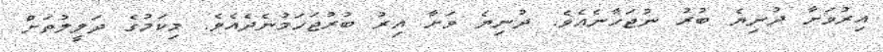
އިރުވަށާ ދުނިޔެ ބުރު ނުޖަހާނެެއެވެ. ދުނިޔެ ވަށާ އިރު ބުރުޖަހަމުނެދެއެވެ. މިކަމުގެ ދަލީލުތަށް